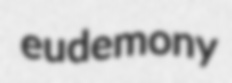
eudemony